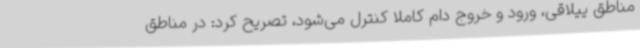
مناطق ییلاقی، ورود و خروج دام کاملا کنترل می‌شود، تصریح کرد: در مناطق